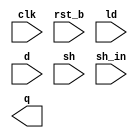
module r4b (
	input clk, 
	input rst_b,
	input ld,
	input [3:0] d,
	input sh,
	input sh_in,
	output [3:0] q
);
	
endmodule